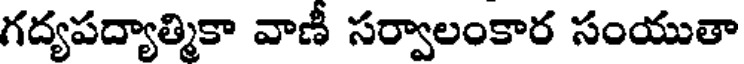
గద్యపద్యాత్మికా వాణీ సర్వాలంకార సంయుతా